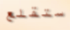
ستقلع